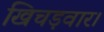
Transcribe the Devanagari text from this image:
खिचड़वार।